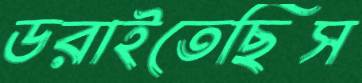
ডরাইতেছিস